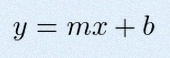
y=mx+b